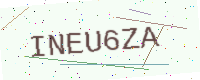
Text: INEU6ZA